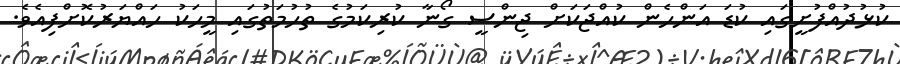
ކުޅުދުއްފުށީގައި ކުޑަ އަންހެން ކުއްޖަކަށް ޖިންސީ ގޯނާ ކުރިކަމުގެ ތުހުމަތުގައި މީހަކު ހައްޔަރުކޮށްފިއެވެ.